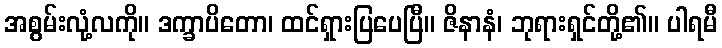
အစွမ်းလုံ့လကို။ ဒက္ခာပိတော၊ ထင်ရှားပြပေပြီ။ ဇိနာနံ၊ ဘုရားရှင်တို့၏။ ပါရမီ